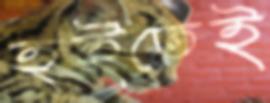
হইতেই